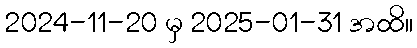
2024-11-20 မှ 2025-01-31 အထိ။